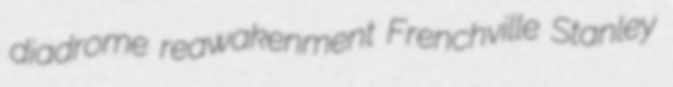
diadrome reawakenment Frenchville Stanley